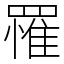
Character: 罹